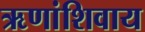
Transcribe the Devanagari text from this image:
ऋणांशिवाय